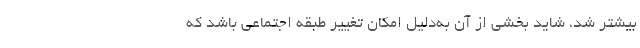
بیشتر شد، شاید بخشی از آن به‌دلیل امکان تغییر طبقه اجتماعی باشد که